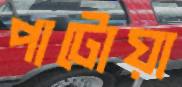
পাটোয়া